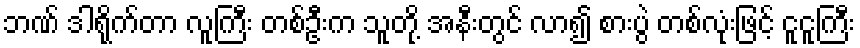
ဘဏ် ဒါရိုက်တာ လူကြီး တစ်ဦးက သူတို့ အနီးတွင် လာ၍ စားပွဲ တစ်လုံးဖြင့် ငူငူကြီး